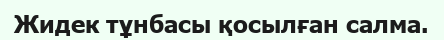
Жидек тұнбасы қосылған салма.